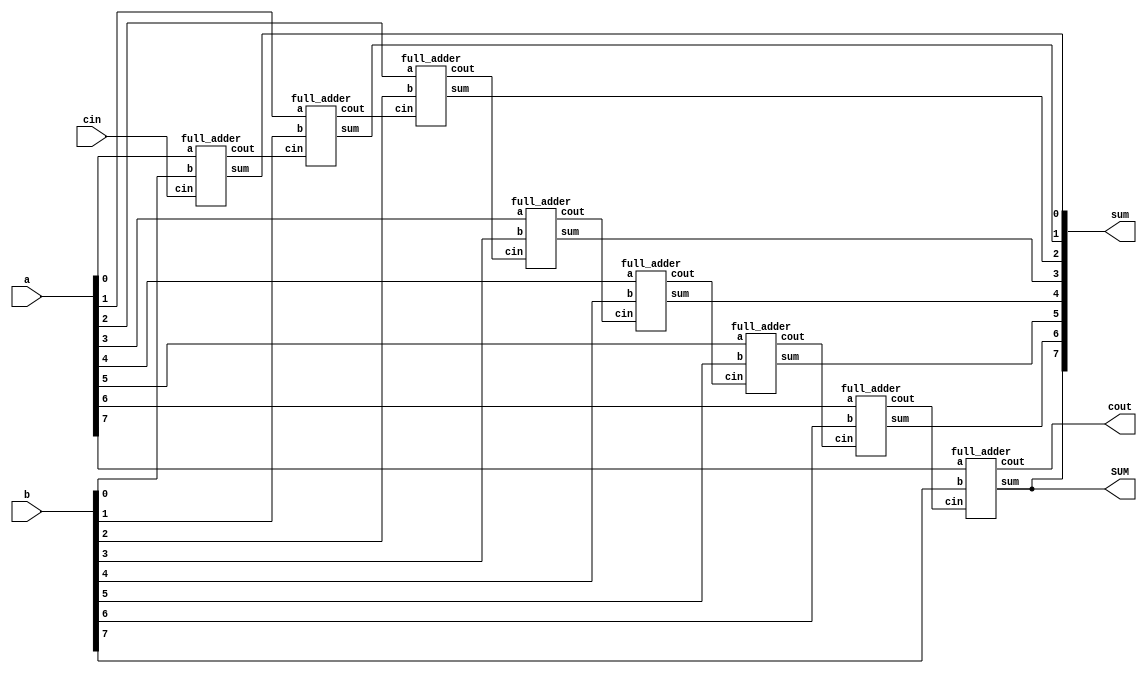
// module verified_adder_8bit(
//     input [7:0] a, b,input cin,
//     output [7:0] sum,
//     output cout
// );
// wire c1, c2, c3, c4, c5, c6, c7;
// full_adder f0(a[0], b[0], cin, sum[0], c1);
// full_adder f1(a[1],b[1],c1, sum[1],c2);
// full_adder f2(a[2],b[2], c2,sum[2],c3);
// full_adder f3(a[3], b[3], c3, sum[3], c4);
// full_adder f4(a[4],b[4],c4,sum[4],c5);
// full_adder f5(a[5],b[5], c5,sum[5],c6);
// full_adder f6(a[6],b[6], c6, sum[6], c7);
// full_adder f7(a[7], b[7], c7, sum[7], cout);

// endmodule

// module full_adder(
//     input a, b, cin,
//     output sum, cout
// );
//     assign sum = a ^ b ^ cin;
//     assign cout= (a & b)|(cin & (a^ b)); 
// endmodule

module verified_adder_8bit(
    input [7:0] a, b, 
    input cin, output [7:0] sum, 
    output SUM, 
    output cout);
    
    wire [8:0] c;

    full_adder FA0 (.a(a[0]), .b(b[0]), .cin(cin), .sum(sum[0]), .cout(c[0]));
    full_adder FA1 (.a(a[1]), .b(b[1]), .cin(c[0]), .sum(sum[1]), .cout(c[1]));
    full_adder FA2 (.a(a[2]), .b(b[2]), .cin(c[1]), .sum(sum[2]), .cout(c[2]));
    full_adder FA3 (.a(a[3]), .b(b[3]), .cin(c[2]), .sum(sum[3]), .cout(c[3]));
    full_adder FA4 (.a(a[4]), .b(b[4]), .cin(c[3]), .sum(sum[4]), .cout(c[4]));
    full_adder FA5 (.a(a[5]), .b(b[5]), .cin(c[4]), .sum(sum[5]), .cout(c[5]));
    full_adder FA6 (.a(a[6]), .b(b[6]), .cin(c[5]), .sum(sum[6]), .cout(c[6]));
    full_adder FA7 (.a(a[7]), .b(b[7]), .cin(c[6]), .sum(sum[7]), .cout(c[7]));

    assign cout = c[7]; 
    assign SUM = sum[7];
endmodule

module full_adder (input a, b, cin, output sum, cout);
    assign {cout, sum} = a + b + cin;
endmodule